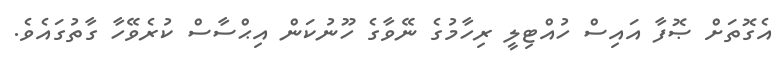
އެގޮތަށް ޞޮފާ އައިސް ހުއްޓިލީ ރިހާމުގެ ނޭވާގެ ހޫނުކަން އިޙްސާސް ކުރެވޭހާ ގާތުގައެވެ.